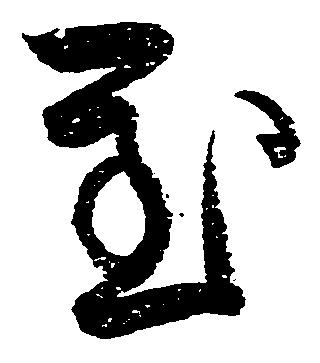
至